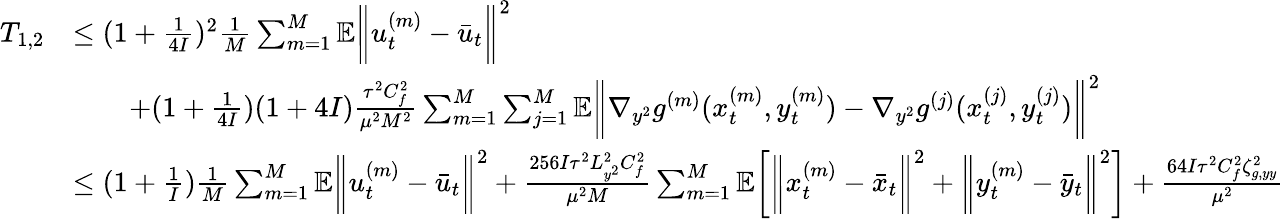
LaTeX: \begin{array}{rl}{T_{1,2}}&{\leq(1+\frac{1}{4I})^{2}\frac{1}{M}\sum_{m=1}^{M}\mathbb{E}\bigg\| u_{t}^{(m)}-\bar{u}_{t}\bigg\| ^{2}}\\ &{\qquad+(1+\frac{1}{4I})(1+4I)\frac{\tau^{2}C_{f}^{2}}{\mu^{2}M^{2}}\sum_{m=1}^{M}\sum_{j=1}^{M}\mathbb{E}\bigg\| \nabla_{y^{2}}g^{(m)}(x_{t}^{(m)},y_{t}^{(m)})-\nabla_{y^{2}}g^{(j)}(x_{t}^{(j)},y_{t}^{(j)})\bigg\| ^{2}}\\ &{\leq(1+\frac{1}{I})\frac{1}{M}\sum_{m=1}^{M}\mathbb{E}\bigg\| u_{t}^{(m)}-\bar{u}_{t}\bigg\| ^{2}+\frac{256I\tau^{2}L_{y^{2}}^{2}C_{f}^{2}}{\mu^{2}M}\sum_{m=1}^{M}\mathbb{E}\bigg[\bigg\| x_{t}^{(m)}-\bar{x}_{t}\bigg\| ^{2}+\bigg\| y_{t}^{(m)}-\bar{y}_{t}\bigg\| ^{2}\bigg]+\frac{64I\tau^{2}C_{f}^{2}\zeta_{g,yy}^{2}}{\mu^{2}}}\end{array}